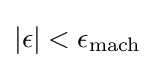
|\epsilon |<\epsilon _{\text{mach}}